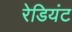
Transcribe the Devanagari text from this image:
रेडियंट